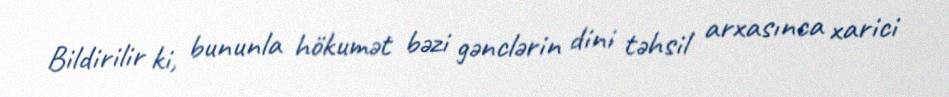
Bildirilir ki, bununla hökumət bəzi gənclərin dini təhsil arxasınca xarici